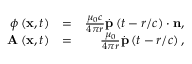
\begin{array} { r l r } { \phi \left( \mathbf { x } , t \right) } & { = } & { \frac { \mu _ { 0 } c } { 4 \pi r } \overset { . } { \mathbf { p } } \left( t - r / c \right) \cdot \mathbf { n } , } \\ { \mathbf { A } \left( \mathbf { x } , t \right) } & { = } & { \frac { \mu _ { 0 } } { 4 \pi r } \overset { . } { \mathbf { p } } \left( t - r / c \right) , } \end{array}